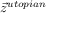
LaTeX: { \vec { z } } ^ { u t o p i a n }